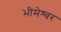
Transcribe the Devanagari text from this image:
भीमेश्‍वर